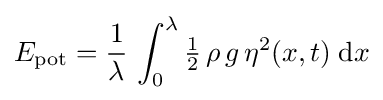
E_{\text{pot}}={\frac {1}{\lambda }}\,\int _{0}^{\lambda }{\tfrac {1}{2}}\,\rho \,g\,\eta ^{2}(x,t)\;{\text{d}}x